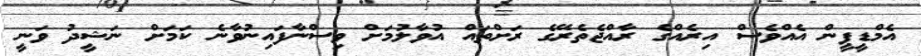
އެމްޑީޕީން އެއްވެސް އިރެއްގެ ރާއްޖެތެރޭގެ ރަށްތައް އުވާލުމަށް ވިސްނާފައިނުވާނެ ކަމަށް ނަޝީދު ވަނީ